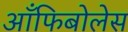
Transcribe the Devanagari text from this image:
आँफिबोलेस